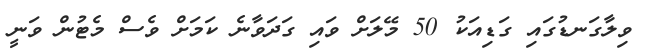
ވިލާގަނޑުގައި ގަޑިއަކު 50 މޭލަށް ވައި ގަދަވާނެ ކަމަށް ވެސް މެޓުން ވަނީ